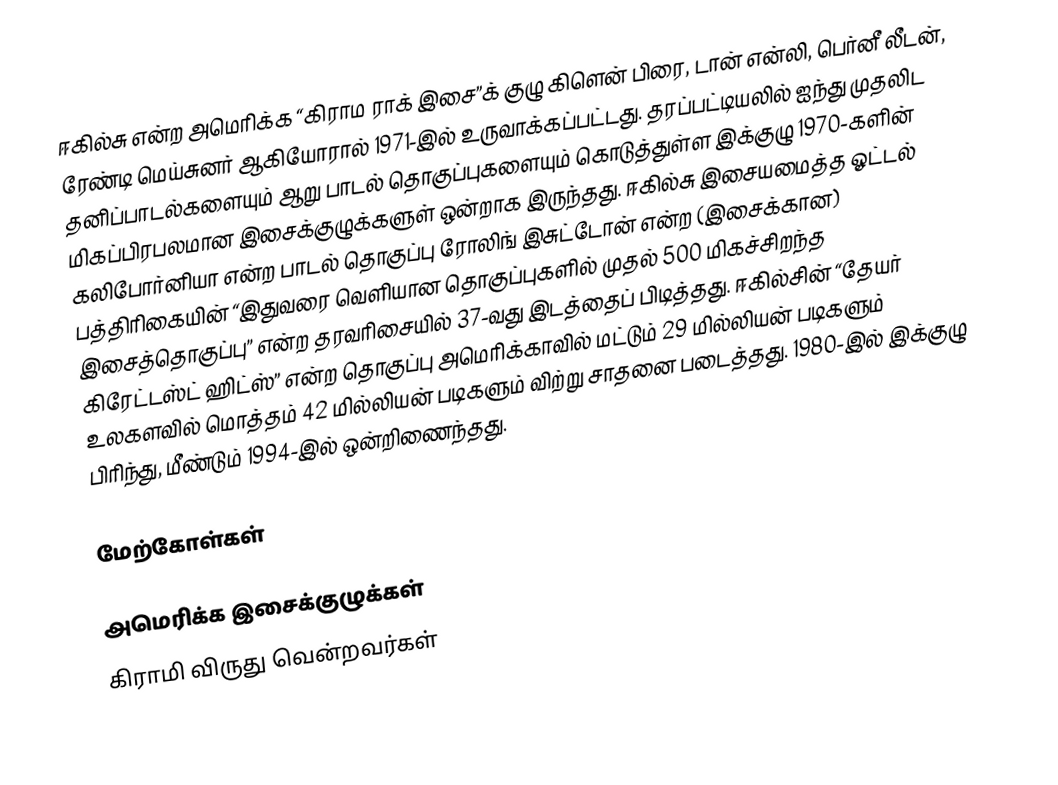
ஈகில்சு என்ற அமெரிக்க “கிராம ராக் இசை”க் குழு கிளென் பிரை, டான் என்லி, பெர்னீ லீடன், ரேண்டி மெய்சுனர் ஆகியோரால் 1971-இல் உருவாக்கப்பட்டது. தரப்பட்டியலில் ஐந்து முதலிட தனிப்பாடல்களையும் ஆறு பாடல் தொகுப்புகளையும் கொடுத்துள்ள இக்குழு 1970-களின் மிகப்பிரபலமான இசைக்குழுக்களுள் ஒன்றாக இருந்தது. ஈகில்சு இசையமைத்த ஓட்டல் கலிபோர்னியா என்ற பாடல் தொகுப்பு ரோலிங் இசுட்டோன் என்ற (இசைக்கான) பத்திரிகையின் “இதுவரை வெளியான தொகுப்புகளில் முதல் 500 மிகச்சிறந்த இசைத்தொகுப்பு” என்ற தரவரிசையில் 37-வது இடத்தைப் பிடித்தது. ஈகில்சின் “தேயர் கிரேட்டஸ்ட் ஹிட்ஸ்” என்ற தொகுப்பு அமெரிக்காவில் மட்டும் 29 மில்லியன் படிகளும் உலகளவில் மொத்தம் 42 மில்லியன் படிகளும் விற்று சாதனை படைத்தது. 1980-இல் இக்குழு பிரிந்து, மீண்டும் 1994-இல் ஒன்றிணைந்தது.

மேற்கோள்கள்

அமெரிக்க இசைக்குழுக்கள்
கிராமி விருது வென்றவர்கள்